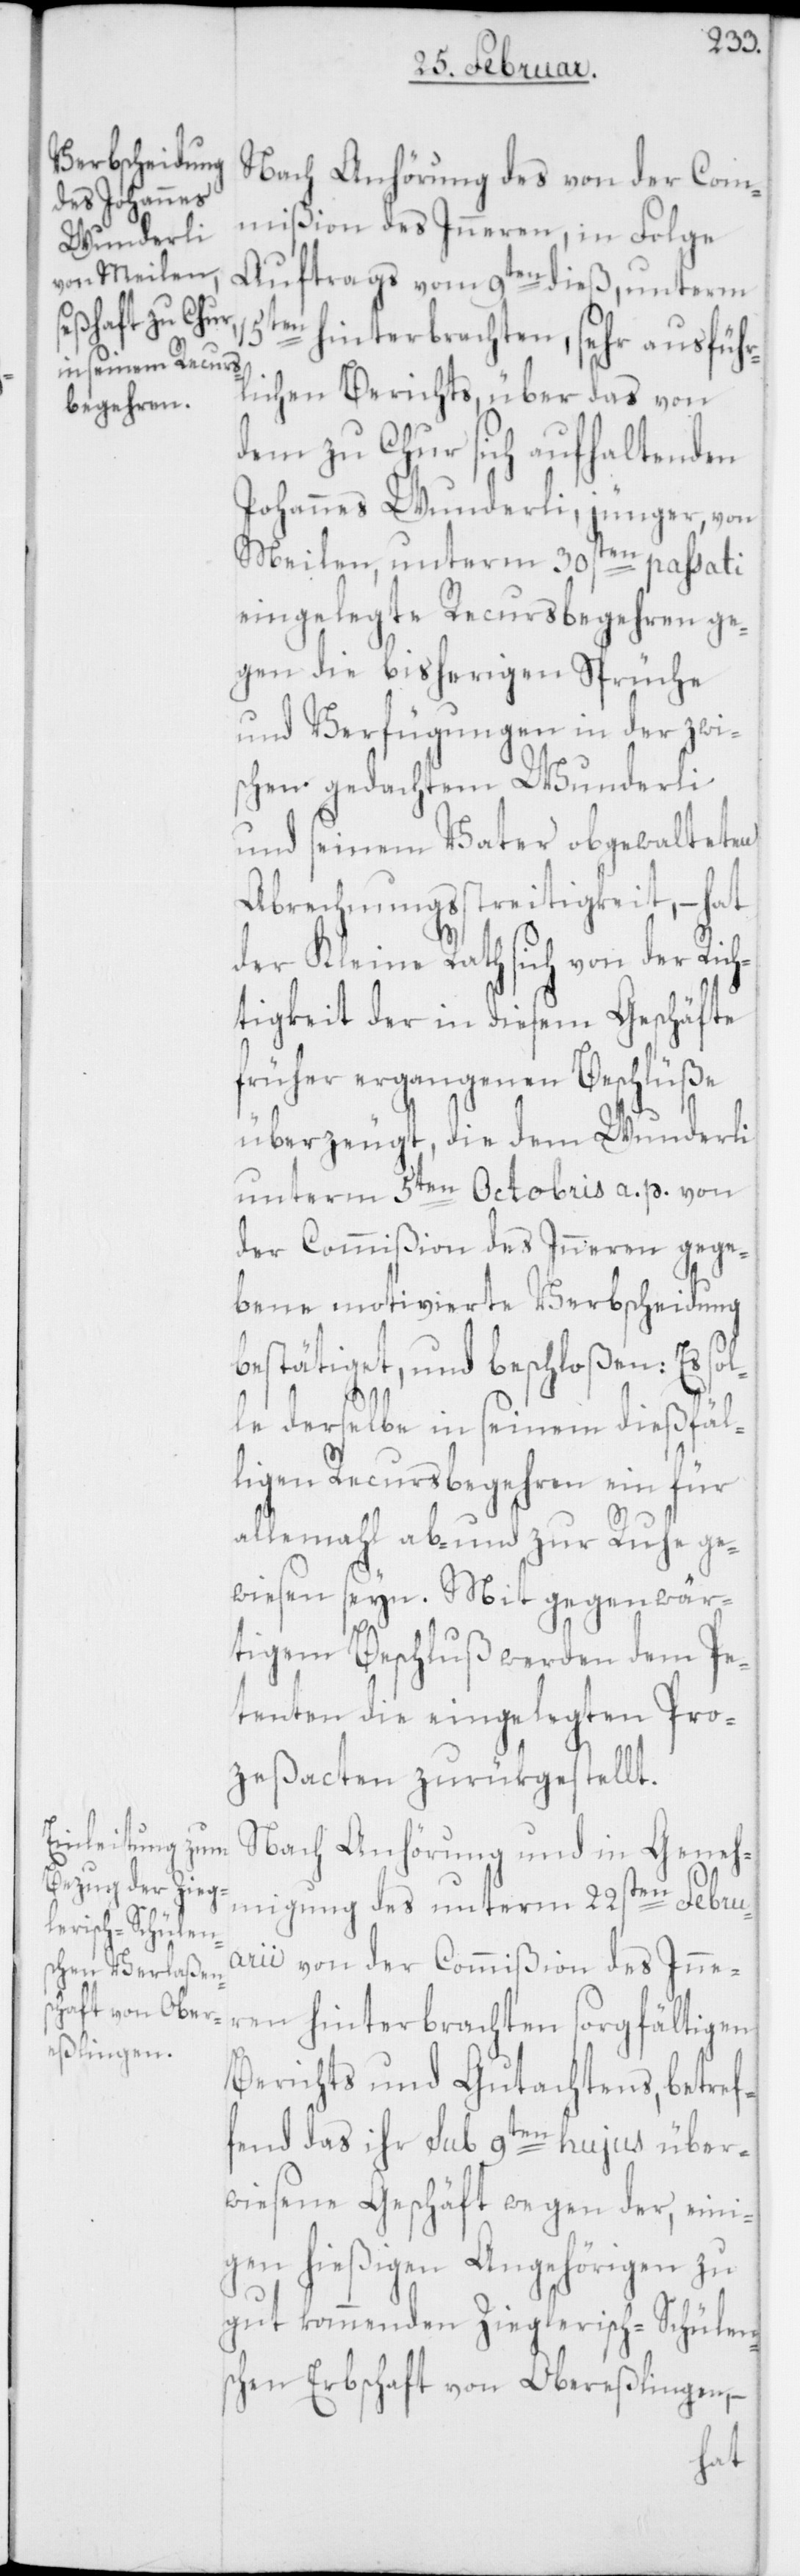
Nach Anhörung des von der Com¬
mißion des Inneren, in Folge
Auftrags vom 9ten dieß, unterm
15ten hinterbrachten, sehr ausführ¬
lichen Berichts, über das von
dem zu Chur sich aufhaltenden
Johannes Wunderli, jünger, von
Meilen, unterm 30sten passati
eingelegte Recursbegehren ge¬
gen die bisherigen Sprüche
und Verfügungen in der zwi¬
schen gedachtem Wunderli
und seinem Vater obgewalteten
Abrechnungsstreitigkeit, – hat
der Kleine Rath sich von der Ric¬
htigkeit der in diesem Geschäfte
früher ergangenen Beschlüße
überzeugt, die dem Wunderli
unterm 5ten Octobris a. p. von
der Commißion des Inneren gege¬
bene motivierte Verbscheidung
bestätiget und beschloßen: Es sol¬
le derselbe in seinem dießfäl¬
ligen Recursbegehren ein für
allemahl ab- und zur Ruhe ge¬
wiesen seyn. Mit gegenwär¬
tigem Beschluß werden dem Pe¬
tenten die eingelegten Pro¬
ceßacten zurükgestellt.
Nach Anhörung und in Geneh¬
migung des unterm 22sten Febru¬
arii von der Commißion des Inner¬
en hinterbrachten sorgfältigen
Berichts und Gutachtens, betref¬
fend das ihr sub 9ten hujus über¬
wiesene Geschäft wegen der, eini¬
gen hießigen Angehörigen zu
gut kommenden Zieglerisch-Schülens¬
chen Erbschaft von Obereßlingen, –